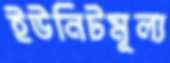
ইউনিটমূল্য